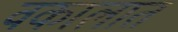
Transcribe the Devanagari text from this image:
वकालात